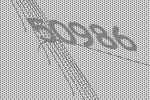
50986